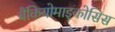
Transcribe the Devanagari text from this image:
बैंकियोमाइकोसिस